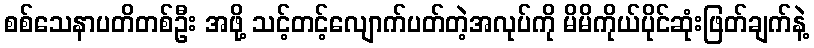
စစ်သေနာပတိတစ်ဦး အဖို့ သင့်တင့်လျောက်ပတ်တဲ့အလုပ်ကို မိမိကိုယ်ပိုင်ဆုံးဖြတ်ချက်နဲ့